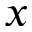
\v { x }